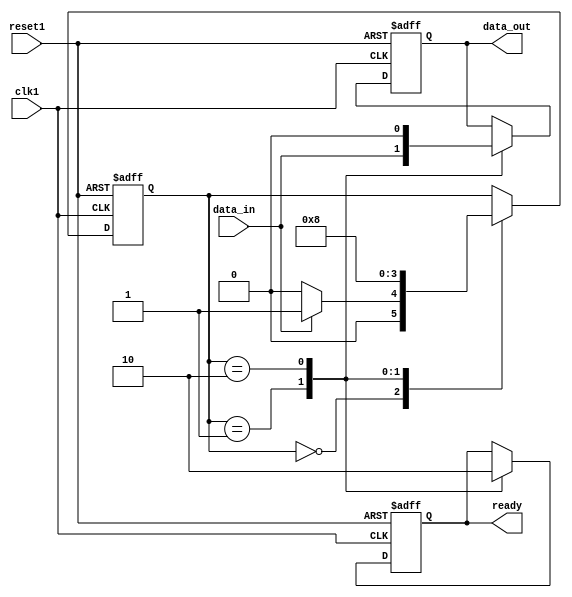
module synchronizer (
    input wire clk1,
    input wire reset1,
    input wire data_in,
    output reg data_out,
    output reg ready
);

reg [1:0] state;
parameter IDLE = 2'b00;
parameter SYNC = 2'b01;
parameter TRANSFER = 2'b10;

always @(posedge clk1 or posedge reset1) begin
    if (reset1) begin
        state <= IDLE;
        data_out <= 1'b0;
        ready <= 1'b0;
    end else begin
        case(state)
            IDLE: begin
                if (data_in) begin
                    state <= SYNC;
                end else begin
                    state <= IDLE;
                end
            end
            SYNC: begin
                state <= TRANSFER;
                data_out <= data_in;
                ready <= 1'b1;
            end
            TRANSFER: begin
                state <= IDLE;
                data_out <= 1'b0;
                ready <= 1'b0;
            end
        endcase
    end
end

endmodule